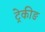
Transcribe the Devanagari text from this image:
ट्रेकीङ